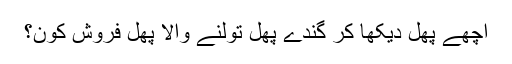
اچھے پھل دیکھا کر گندے پھل تولنے والا پھل فروش کون؟